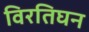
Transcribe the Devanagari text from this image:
विरतिघन